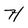
Character: H